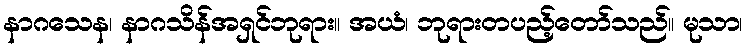
နာဂသေန၊ နာဂသိန်အရှင်ဘုရား။ အယံ၊ ဘုရားတပည့်တော်သည်။ မုသာ၊